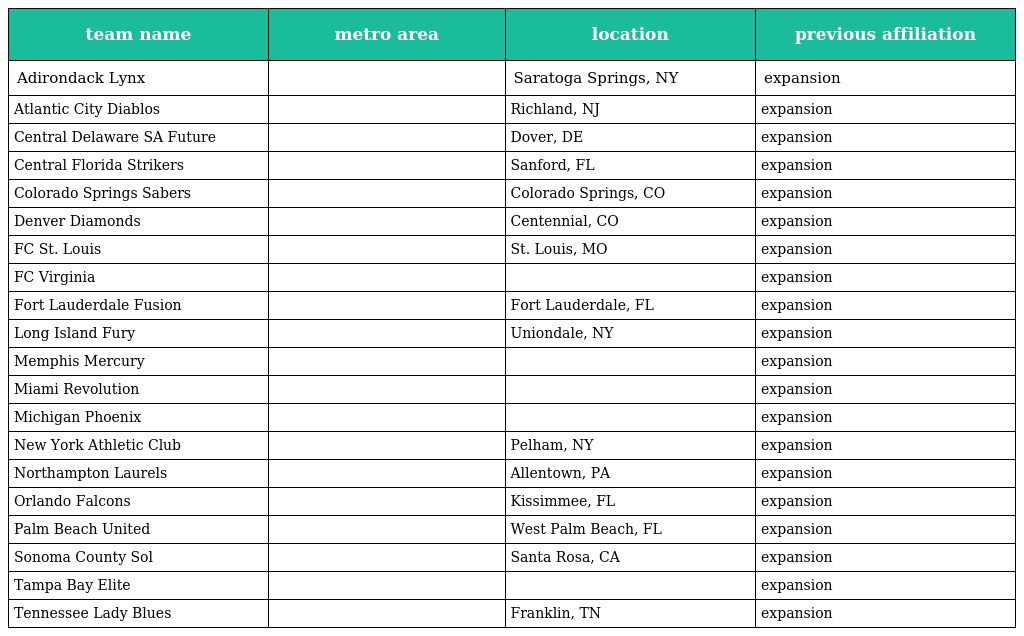
| team name | metro area | location | previous affiliation |
 | --- | --- | --- | --- |
 | Adirondack Lynx |  | Saratoga Springs, NY | expansion |
 | Atlantic City Diablos |  | Richland, NJ | expansion |
 | Central Delaware SA Future |  | Dover, DE | expansion |
 | Central Florida Strikers |  | Sanford, FL | expansion |
 | Colorado Springs Sabers |  | Colorado Springs, CO | expansion |
 | Denver Diamonds |  | Centennial, CO | expansion |
 | FC St. Louis |  | St. Louis, MO | expansion |
 | FC Virginia |  |  | expansion |
 | Fort Lauderdale Fusion |  | Fort Lauderdale, FL | expansion |
 | Long Island Fury |  | Uniondale, NY | expansion |
 | Memphis Mercury |  |  | expansion |
 | Miami Revolution |  |  | expansion |
 | Michigan Phoenix |  |  | expansion |
 | New York Athletic Club |  | Pelham, NY | expansion |
 | Northampton Laurels |  | Allentown, PA | expansion |
 | Orlando Falcons |  | Kissimmee, FL | expansion |
 | Palm Beach United |  | West Palm Beach, FL | expansion |
 | Sonoma County Sol |  | Santa Rosa, CA | expansion |
 | Tampa Bay Elite |  |  | expansion |
 | Tennessee Lady Blues |  | Franklin, TN | expansion |